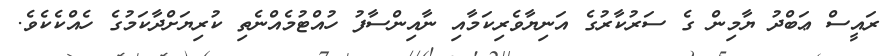
ރައީސް ޢަބްދު ޔާމިން ގެ ސަރުކާރުގެ އަނިޔާވެރިކަމާއި ނާއިންސާފު ހުއްޓުމެއްނެތި ކުރިޔަށްދާކަމުގެ ހެއްކެކެވެ.